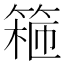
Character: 篐